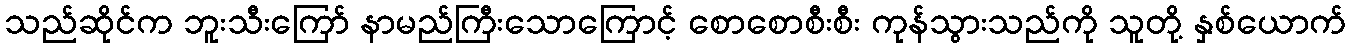
သည်ဆိုင်က ဘူးသီးကြော် နာမည်ကြီးသောကြောင့် စောစောစီးစီး ကုန်သွားသည်ကို သူတို့ နှစ်ယောက်